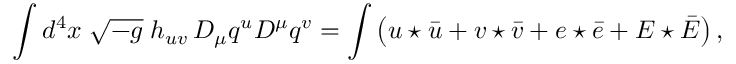
\int d ^ { 4 } x \; \sqrt { - g } \; h _ { u v } \, D _ { \mu } q ^ { u } D ^ { \mu } q ^ { v } = \int \left( u \star \bar { u } + v \star \bar { v } + e \star \bar { e } + E \star \bar { E } \right) ,